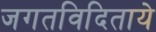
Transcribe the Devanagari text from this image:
जगतविदिताये